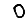
Digit: 0